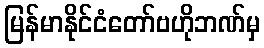
မြန်မာနိုင်ငံတော်ဗဟိုဘဏ်မှ